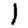
Digit: 1